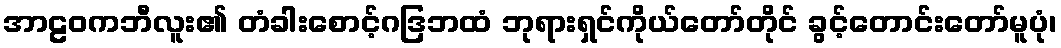
အာဠဝကဘီလူး၏ တံခါးစောင့်ဂဒြဘထံ ဘုရားရှင်ကိုယ်တော်တိုင် ခွင့်တောင်းတော်မူပုံ၊